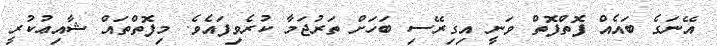
އޭނަގެ ބައެއް ފޮތްފޮތް ވަނީ އިގިރޭސި ބަހަށް ތަރުޖަމާ ކުރެވިފައެވެ. މިފޮތްތައް ޝާއިޢުކުރީ